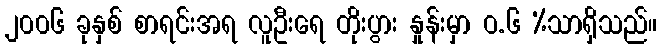
၂၀၀၆ ခုနှစ် စာရင်းအရ လူဦးရေ တိုးပွား နှုန်းမှာ ဝ.၆ %သာရှိသည်။